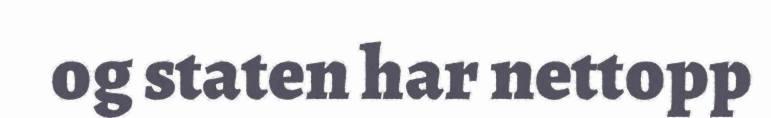
og staten har nettopp